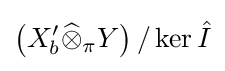
\left(X'_{b}{\widehat {\otimes }}_{\pi }Y\right)/\ker {\hat {I}}